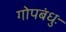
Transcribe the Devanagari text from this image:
गोपबंधुः